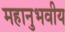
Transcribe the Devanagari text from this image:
महानुभवीय